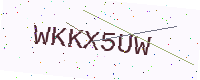
Text: WKKX5UW